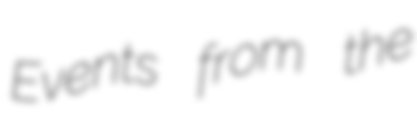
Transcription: Events from the